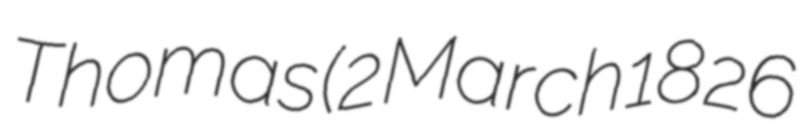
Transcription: Thomas (2 March 1826